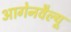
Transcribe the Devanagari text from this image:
आगेनवैल्यू